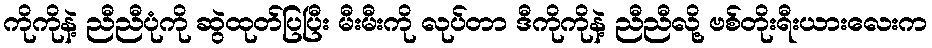
ကိုကိုနဲ့ ညီညီပုံကို ဆွဲထုတ်ပြပြီး မီးမီးကို လုပ်တာ ဒီကိုကိုနဲ့ ညီညီလို့ ဗစ်တိုးရီးယားလေးက